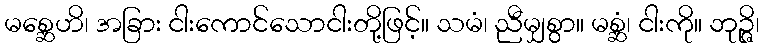
မစ္ဆေဟိ၊ အခြား ငါးကောင်သောငါးတို့ဖြင့်။ သမံ၊ ညီမျှစွာ။ မစ္ဆံ၊ ငါးကို။ ဘုဉ္ဇိ၊